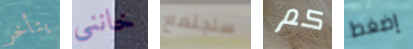
يتأخر خانني سنجتمع كم إضغط